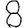
Digit: 8